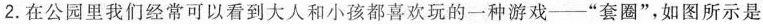
2.在公园里我们经常可以看到大人和小孩都喜欢玩的一种游戏——“套圈”，如图所示是